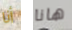
أنا هانا